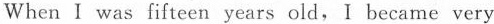
When I was fifteen years old, I became very